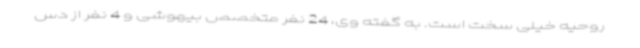
روحیه خیلی سخت است. به گفته وی، 24 نفر متخصص بیهوشی و 4 نفر از دس